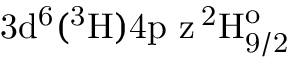
\mathrm { 3 d ^ { 6 } ( ^ { 3 } H ) 4 p \ z \, ^ { 2 } H _ { 9 / 2 } ^ { o } }